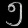
Digit: ၅